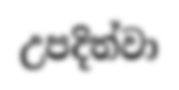
උපදිත්වා